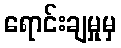
ရောင်းချမှုမှ